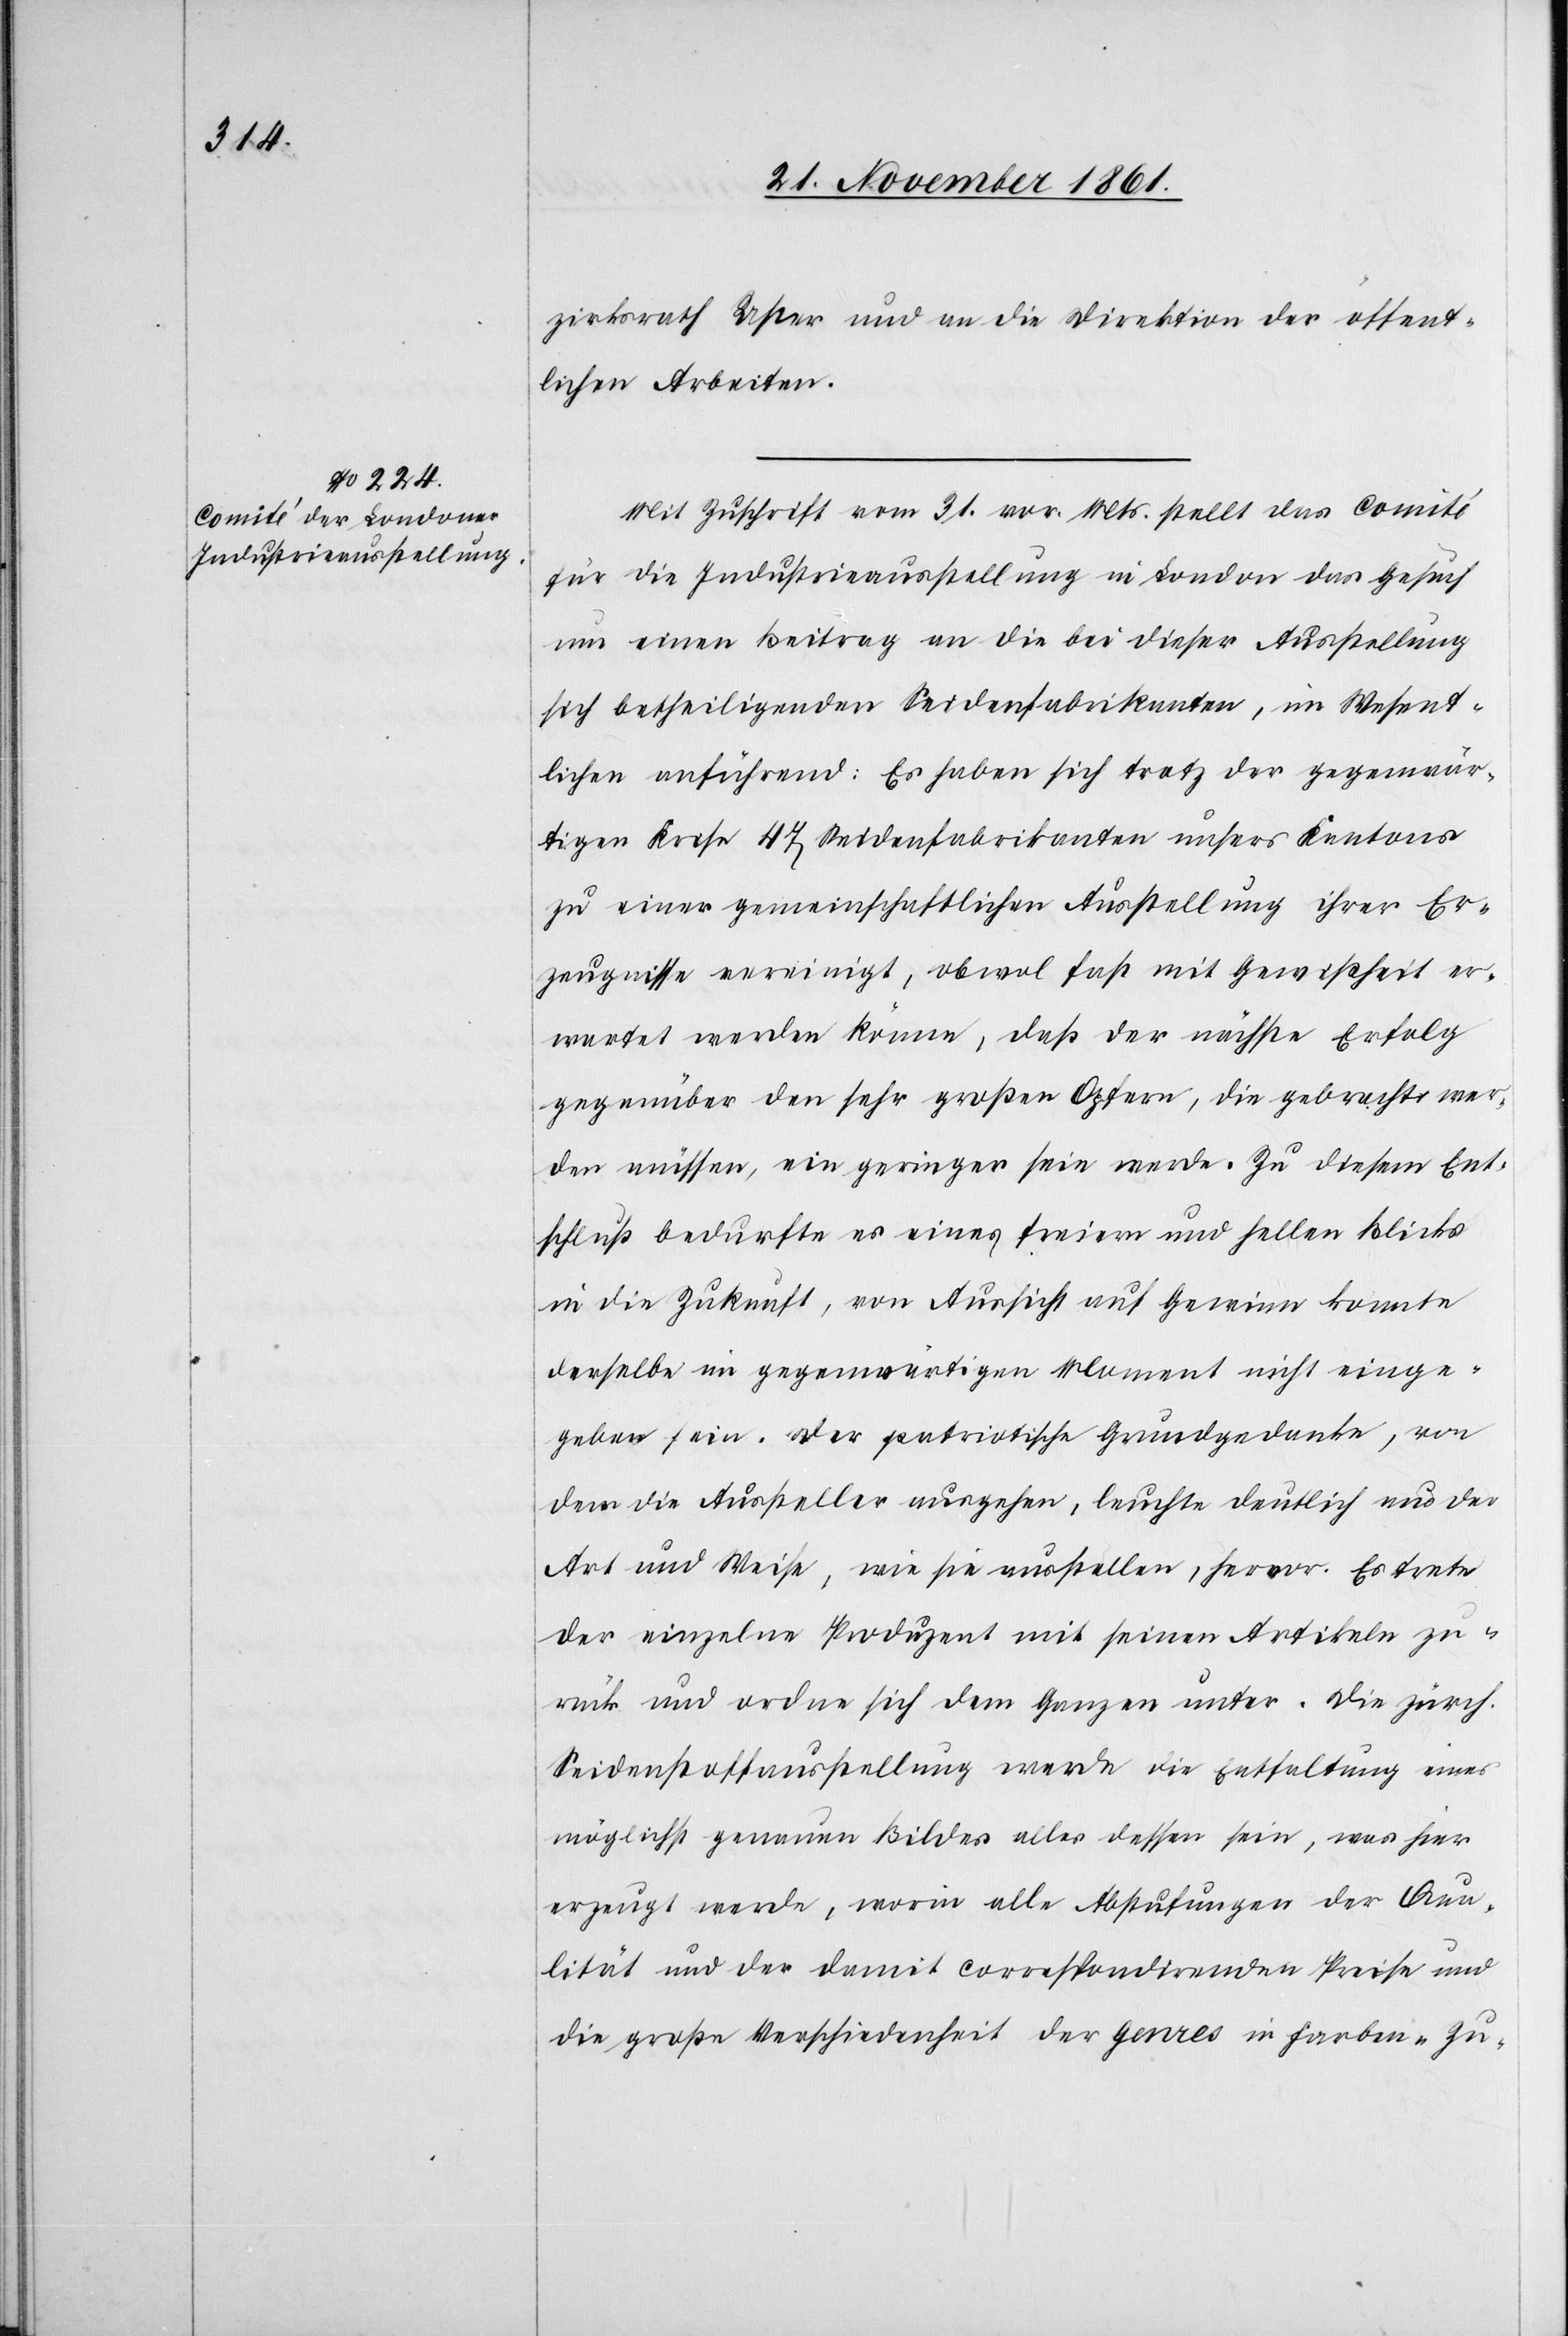
zirksrath Uster und an die Direktion der öffent¬
lichen Arbeiten.
Mit Zuschrift vom 31 vor. Mts. stellt das Comité
für die Industrieausstellung in London das Gesuch
um einen Beitrag an die bei dieser Ausstellung
sich betheiligenden Seidenfabrikanten, im Wesent¬
lichen anführend: Es haben sich trotz der gegenwär¬
tigen Krise 47 Seidenfabrikanten unsers Kantons
zu einer gemeinschaftlichen Ausstellung ihrer Er¬
zeugnisse vereinigt, obwol fast mit Gewißheit er¬
wartet werden könne, daß der nächste Erfolg
gegenüber den sehr großen Opfern, die gebracht wer¬
den müssen, ein geringer sein werde. Zu diesem Ent¬
schluß bedurfte es eines freiern und hellen Blicks
in die Zukunft, von Aussicht auf Gewinn konnte
derselbe im gegenwärtigen Moment nicht einge¬
geben sein. Der patriotische Grundgedanke, von
dem die Aussteller ausgehen, leuchte deutlich aus der
Art und Weise, wie sie ausstellen, hervor. Es trete
der einzelne Produzent mit seinen Artikeln zu¬
rück und ordne sich dem Ganzen unter. Die zürch.
Seidenstoffausstellung werde die Entfaltung eines
möglichst genauen Bildes alles dessen sein, was hier
erzeugt werde, worin alle Abstufungen der Qua¬
lität und der damit correspondirenden Preise und
die große Verschiedenheit der Genres in Farben-Zu-